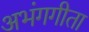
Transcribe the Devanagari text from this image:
अभंगगीता